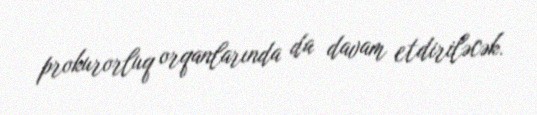
prokurorluq orqanlarında da davam etdiriləcək.